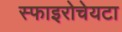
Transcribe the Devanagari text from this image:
स्फाइरोचेयटा